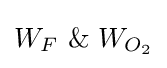
W_{F}\ \&\ W_{O_{2}}